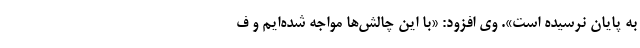
به پایان نرسیده است». وی افزود: «با این چالش‌ها مواجه شده‌ایم و ف